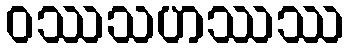
ဝဿသဟဿဿ